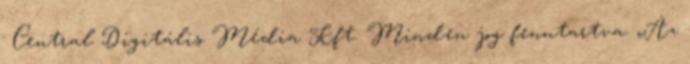
· Central Digitális Média Kft. Minden jog fenntartva. „Az